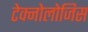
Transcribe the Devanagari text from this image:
टेक्नोलोजिस